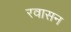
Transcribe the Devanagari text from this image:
रवासन